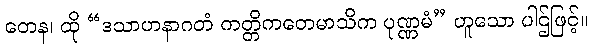
တေန၊ ထို “ဒသာဟနာဂတံ ကတ္တိကတေမာသိက ပုဏ္ဏမံ” ဟူသော ပါဌ်ဖြင့်။